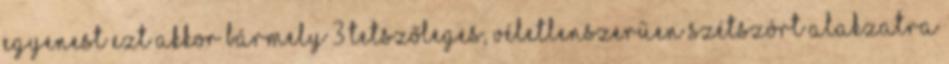
egyenest Ezt akkor bármely 3 tetszőleges, véletlenszerűen szétszórt alakzatra